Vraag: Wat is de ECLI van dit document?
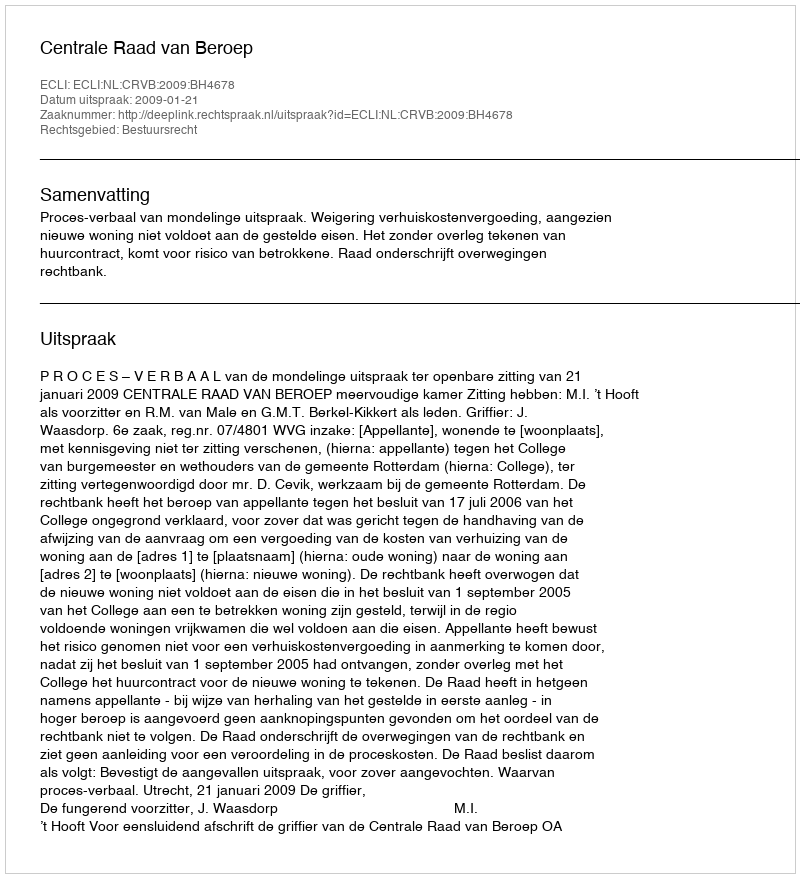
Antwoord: ECLI:NL:CRVB:2009:BH4678